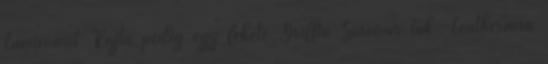
Lumixomat Rajta pedig egy fekete Griffin Survivor tok -Leatherman